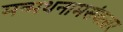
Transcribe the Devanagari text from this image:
मन्मथनामसंवत्सर